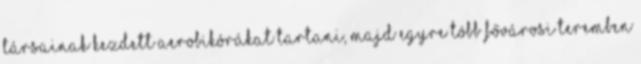
társainak kezdett aerobikórákat tartani, majd egyre több fővárosi teremben